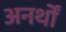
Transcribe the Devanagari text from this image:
अनर्थों